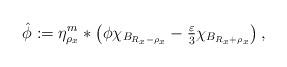
LaTeX: \begin{align*} \hat\phi:=\eta^m_{\rho_x}*\left(\phi\chi_{B_{R_x-\rho_x}}-\tfrac{\varepsilon}{3}\chi_{B_{R_x+\rho_x}}\right), \end{align*}